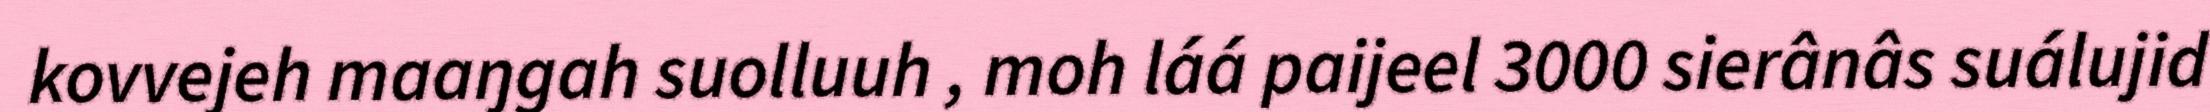
kovvejeh maaŋgah suolluuh , moh láá paijeel 3000 sierânâs suálujid